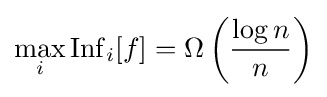
\max _{i}\operatorname {Inf} _{i}[f]=\Omega \left({\frac {\log n}{n}}\right)